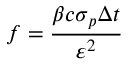
f = \frac { \beta c \sigma _ { p } \Delta t } { \varepsilon ^ { 2 } }